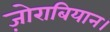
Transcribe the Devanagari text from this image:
ज़ोराबियान।